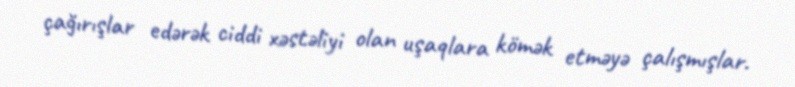
çağırışlar edərək ciddi xəstəliyi olan uşaqlara kömək etməyə çalışmışlar.